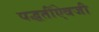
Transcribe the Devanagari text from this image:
पद्धतींऐवजी